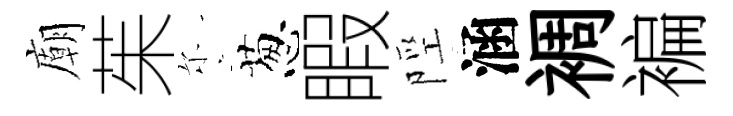
廟茱尓葱睱陘涵裯褊